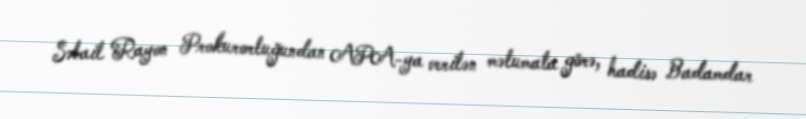
Səbail Rayon Prokurorluğundan APA-ya verilən məlumata görə, hadisə Badamdar